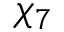
\chi _ { 7 }